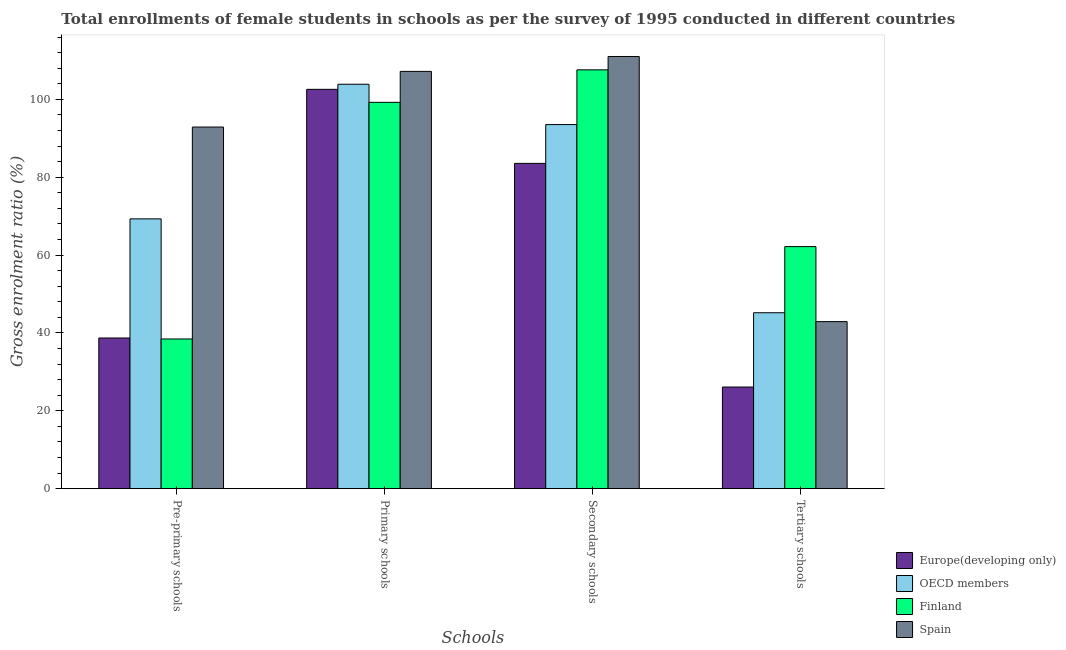
| Schools | Europe(developing only) | OECD members | Finland | Spain |
 | --- | --- | --- | --- | --- |
 | Pre-primary schools | 38.7 | 69.3 | 38.5 | 92.9 |
 | Primary schools | 103 | 104 | 99.2 | 107 |
 | Secondary schools | 83.6 | 93.5 | 108 | 111 |
 | Tertiary schools | 26.1 | 45.2 | 62.2 | 42.9 |